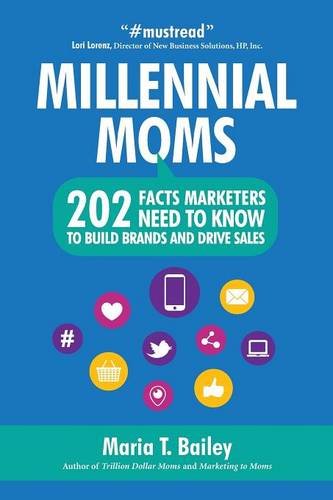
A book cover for Millennial Moms: 202 Facts Marketers Need to Know to Build Brands and Drive Sales; Maria T. Bailey; Business & Money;